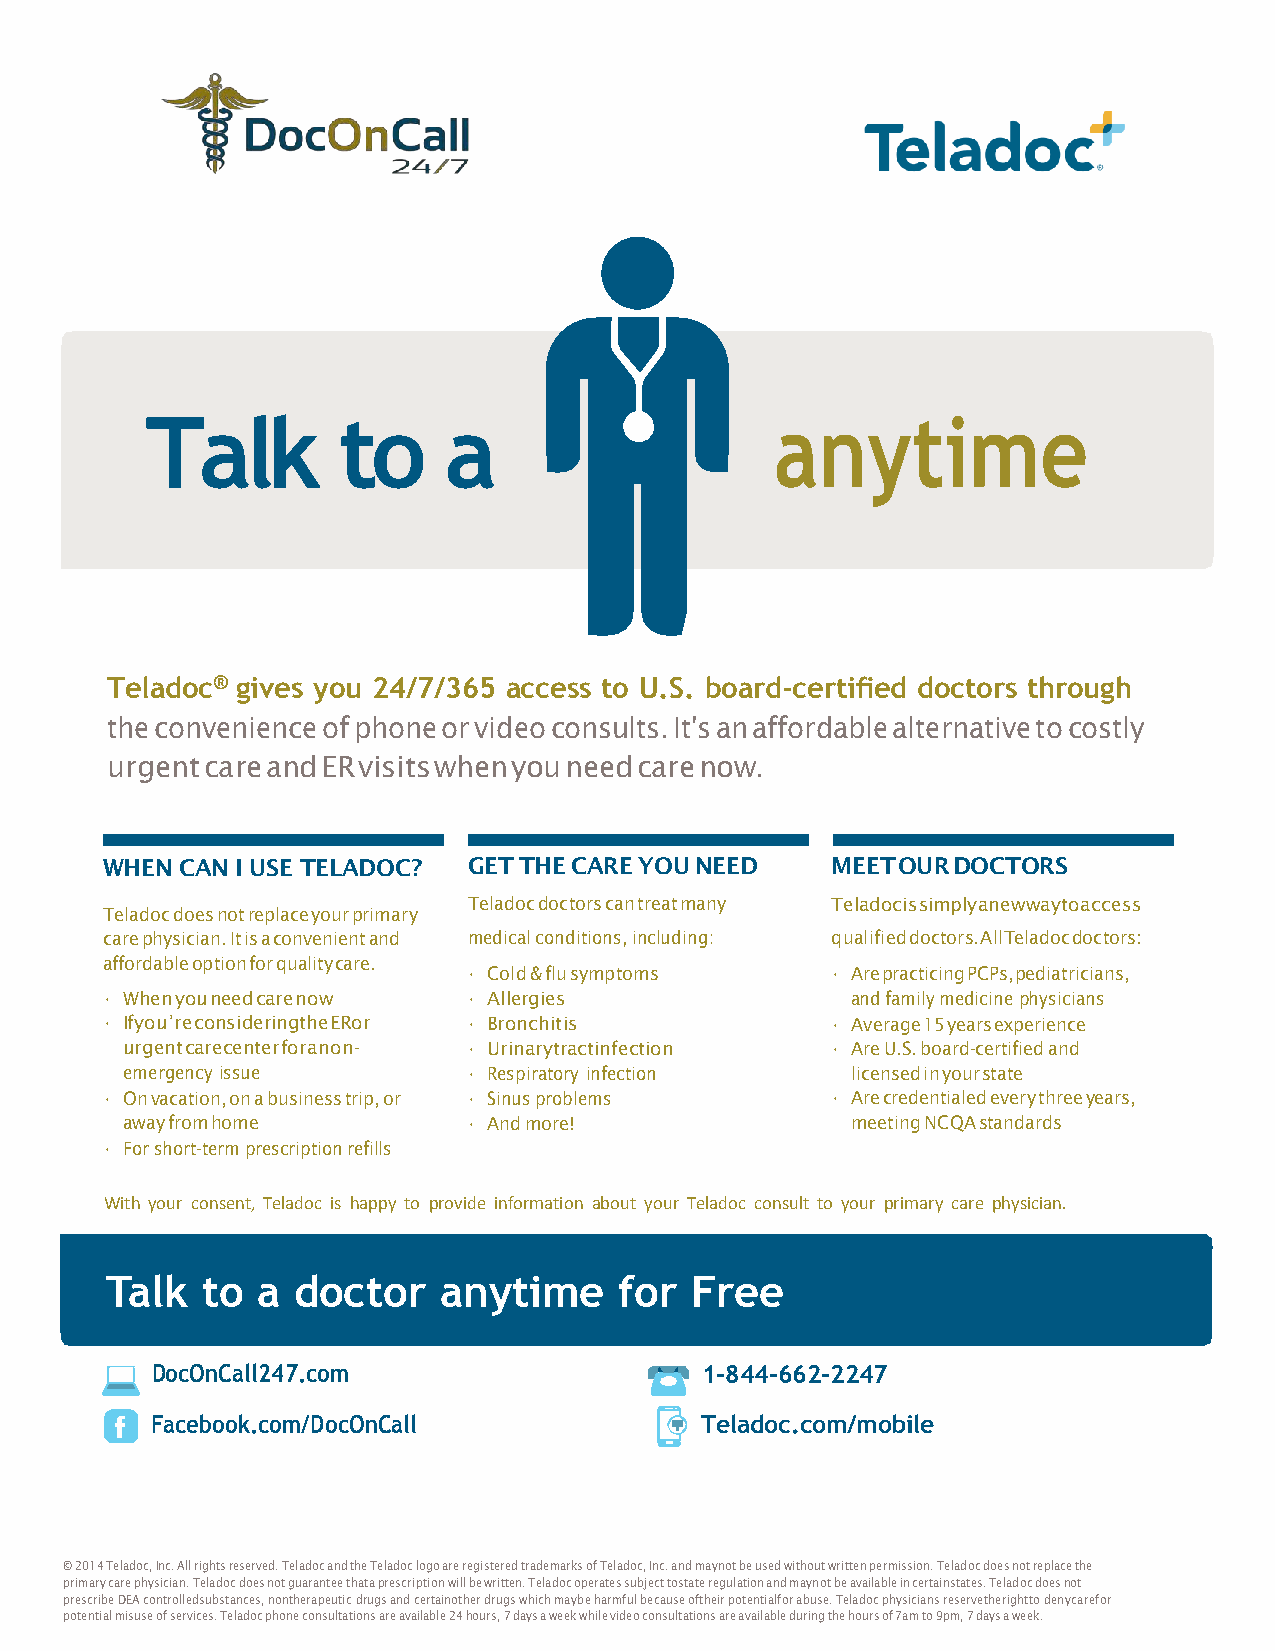
Talk        to     a                     anytime
 Teladoc® gives you 24/7/365 access to U.S. board-certified doctors through
 the convenience of phone or video consults. It's an affordable alternative to costly
 urgent careand ER visits when youneed care now.
 WHEN CAN I USE TELADOC? GET THE CARE YOU NEED   MEETOUR DOCTORS
 Teladoc doctors can treat many Teladocis simply anewwaytoaccess
 Teladoc does not replace your primary
 care physician. It is a convenient and medical conditions, including: qualifieddoctors. All Teladoc doctors:
 affordable option for quality care.
 • Cold & flu symptoms   • Are practicing PCPs, pediatricians,
 • When you need care now • Allergies             and family medicine physicians
 • Ifyou’re consideringthe ERor • Bronchitis     • Average 15 years experience
 urgent carecenter foranon- • Urinarytractinfection • Are U.S. board-certified and
 emergency issue        • Respiratory infection  licensed in your state
 • On vacation, on a business trip, or • Sinus problems • Are credentialed every three years,
 away from home         • And more!              meeting NCQA standards
 • For short-term prescription refills
 With your consent, Teladoc is happy to provide information about your Teladoc consult to your primary care physician.
 Talk  to  a doctor    anytime     for  Free
 DocOnCall247.com                    1-844-662-2247
 Facebook.com/DocOnCall              Teladoc.com/mobile
 © 2014 Teladoc, Inc. All rights reserved. Teladoc and the Teladoc logo are registered trademarks of Teladoc, Inc. and maynot be used without written permission. Teladoc does not replace the
 primary care physician. Teladoc does not guarantee thata prescription will be written. Teladoc operates subject tostate regulation and maynot be available in certainstates. Teladoc does not
 prescribe DEA controlledsubstances, nontherapeutic drugs and certainother drugs which maybe harmful because oftheir potentialfor abuse. Teladoc physicians reservetherightto denycarefor
 potential misuse of services. Teladoc phone consultations are available 24 hours, 7 days a week while video consultations are available during the hours of 7am to 9pm, 7 days a week.